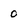
Character: 0